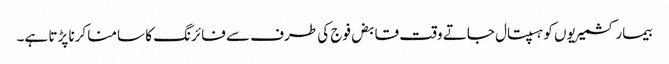
بیمار کشمیریوں کو ہسپتال جاتے وقت قابض فوج کی طرف سے فائرنگ کا سامنا کرنا پڑتا ہے۔